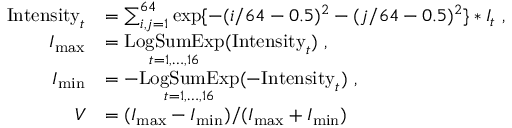
\begin{array} { r l } { \mathrm { I n t e n s i t y } _ { t } } & { = \sum _ { i , j = 1 } ^ { 6 4 } \exp \{ - ( i / 6 4 - 0 . 5 ) ^ { 2 } - ( j / 6 4 - 0 . 5 ) ^ { 2 } \} * I _ { t } \ , } \\ { I _ { \mathrm { m a x } } } & { = \underset { t = 1 , \ldots , 1 6 } { \mathrm { L o g S u m E x p } } ( \mathrm { I n t e n s i t y } _ { t } ) \ , } \\ { I _ { \mathrm { m i n } } } & { = - \underset { t = 1 , \ldots , 1 6 } { \mathrm { L o g S u m E x p } } ( - \mathrm { I n t e n s i t y } _ { t } ) \ , } \\ { V } & { = ( I _ { \mathrm { m a x } } - I _ { \mathrm { m i n } } ) / ( I _ { \mathrm { m a x } } + I _ { \mathrm { m i n } } ) } \end{array}